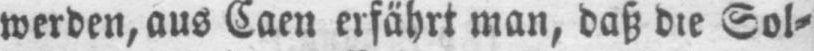
werden, aus Caen erfährt man, daß die Sol⸗